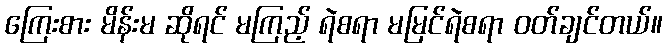
ကြေးစား မိန်းမ ဆိုရင် မကြည့် ရဲစရာ မမြင်ရဲစရာ ဝတ်ချင်တယ်။